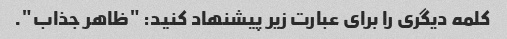
کلمه دیگری را برای عبارت زیر پیشنهاد کنید: "ظاهر جذاب".